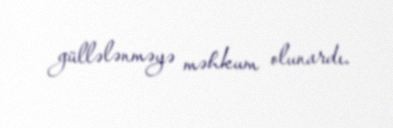
güllələnməyə məhkum olunardı.